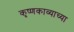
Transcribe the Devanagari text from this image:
कृष्णकाव्याच्या